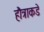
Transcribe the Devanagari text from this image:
हौत्राकडे